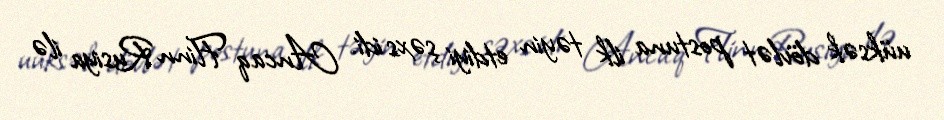
uüksək dövlət postuna ilk təyin etdiyi şəxs idi. Ancaq Flinn Rusiya ilə